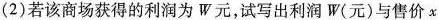
(2)若该商场获得的利润为W元，试写出利润W(元)与售价x